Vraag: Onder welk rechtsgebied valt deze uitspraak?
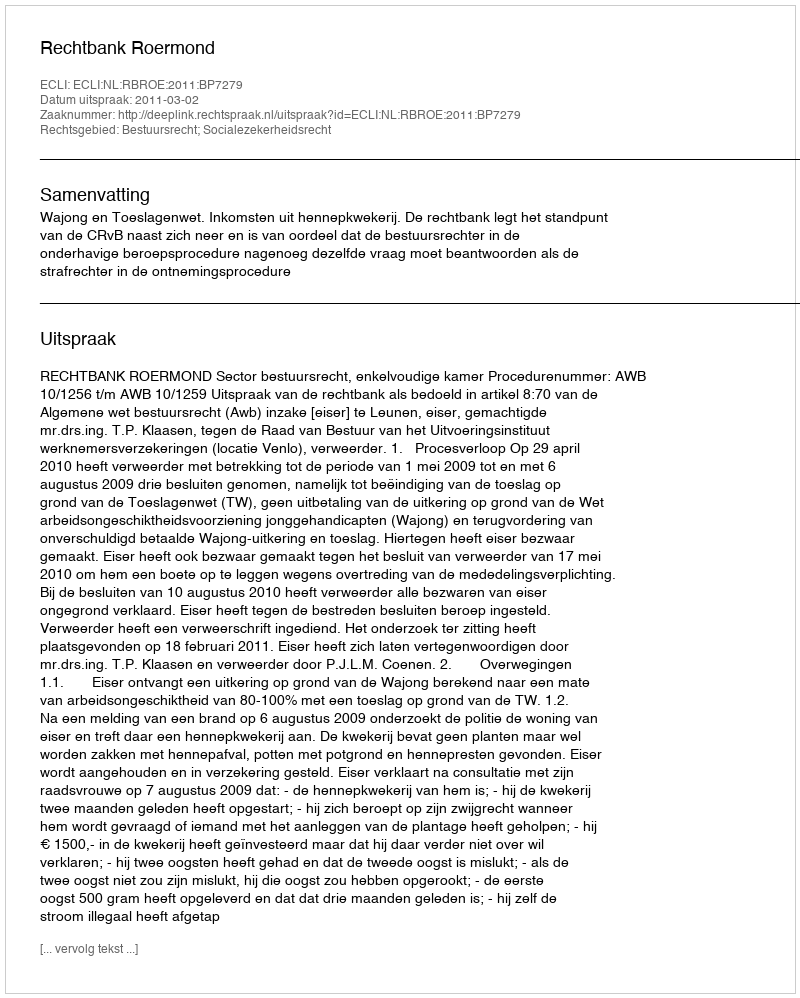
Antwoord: Bestuursrecht; Socialezekerheidsrecht